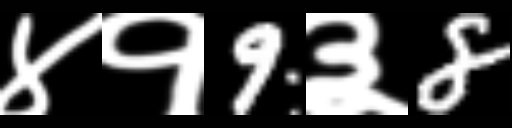
Text: ४१9३8